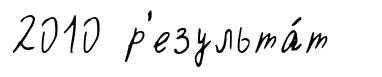
2010 р'езульта́т